Riigikantselei, lk 27
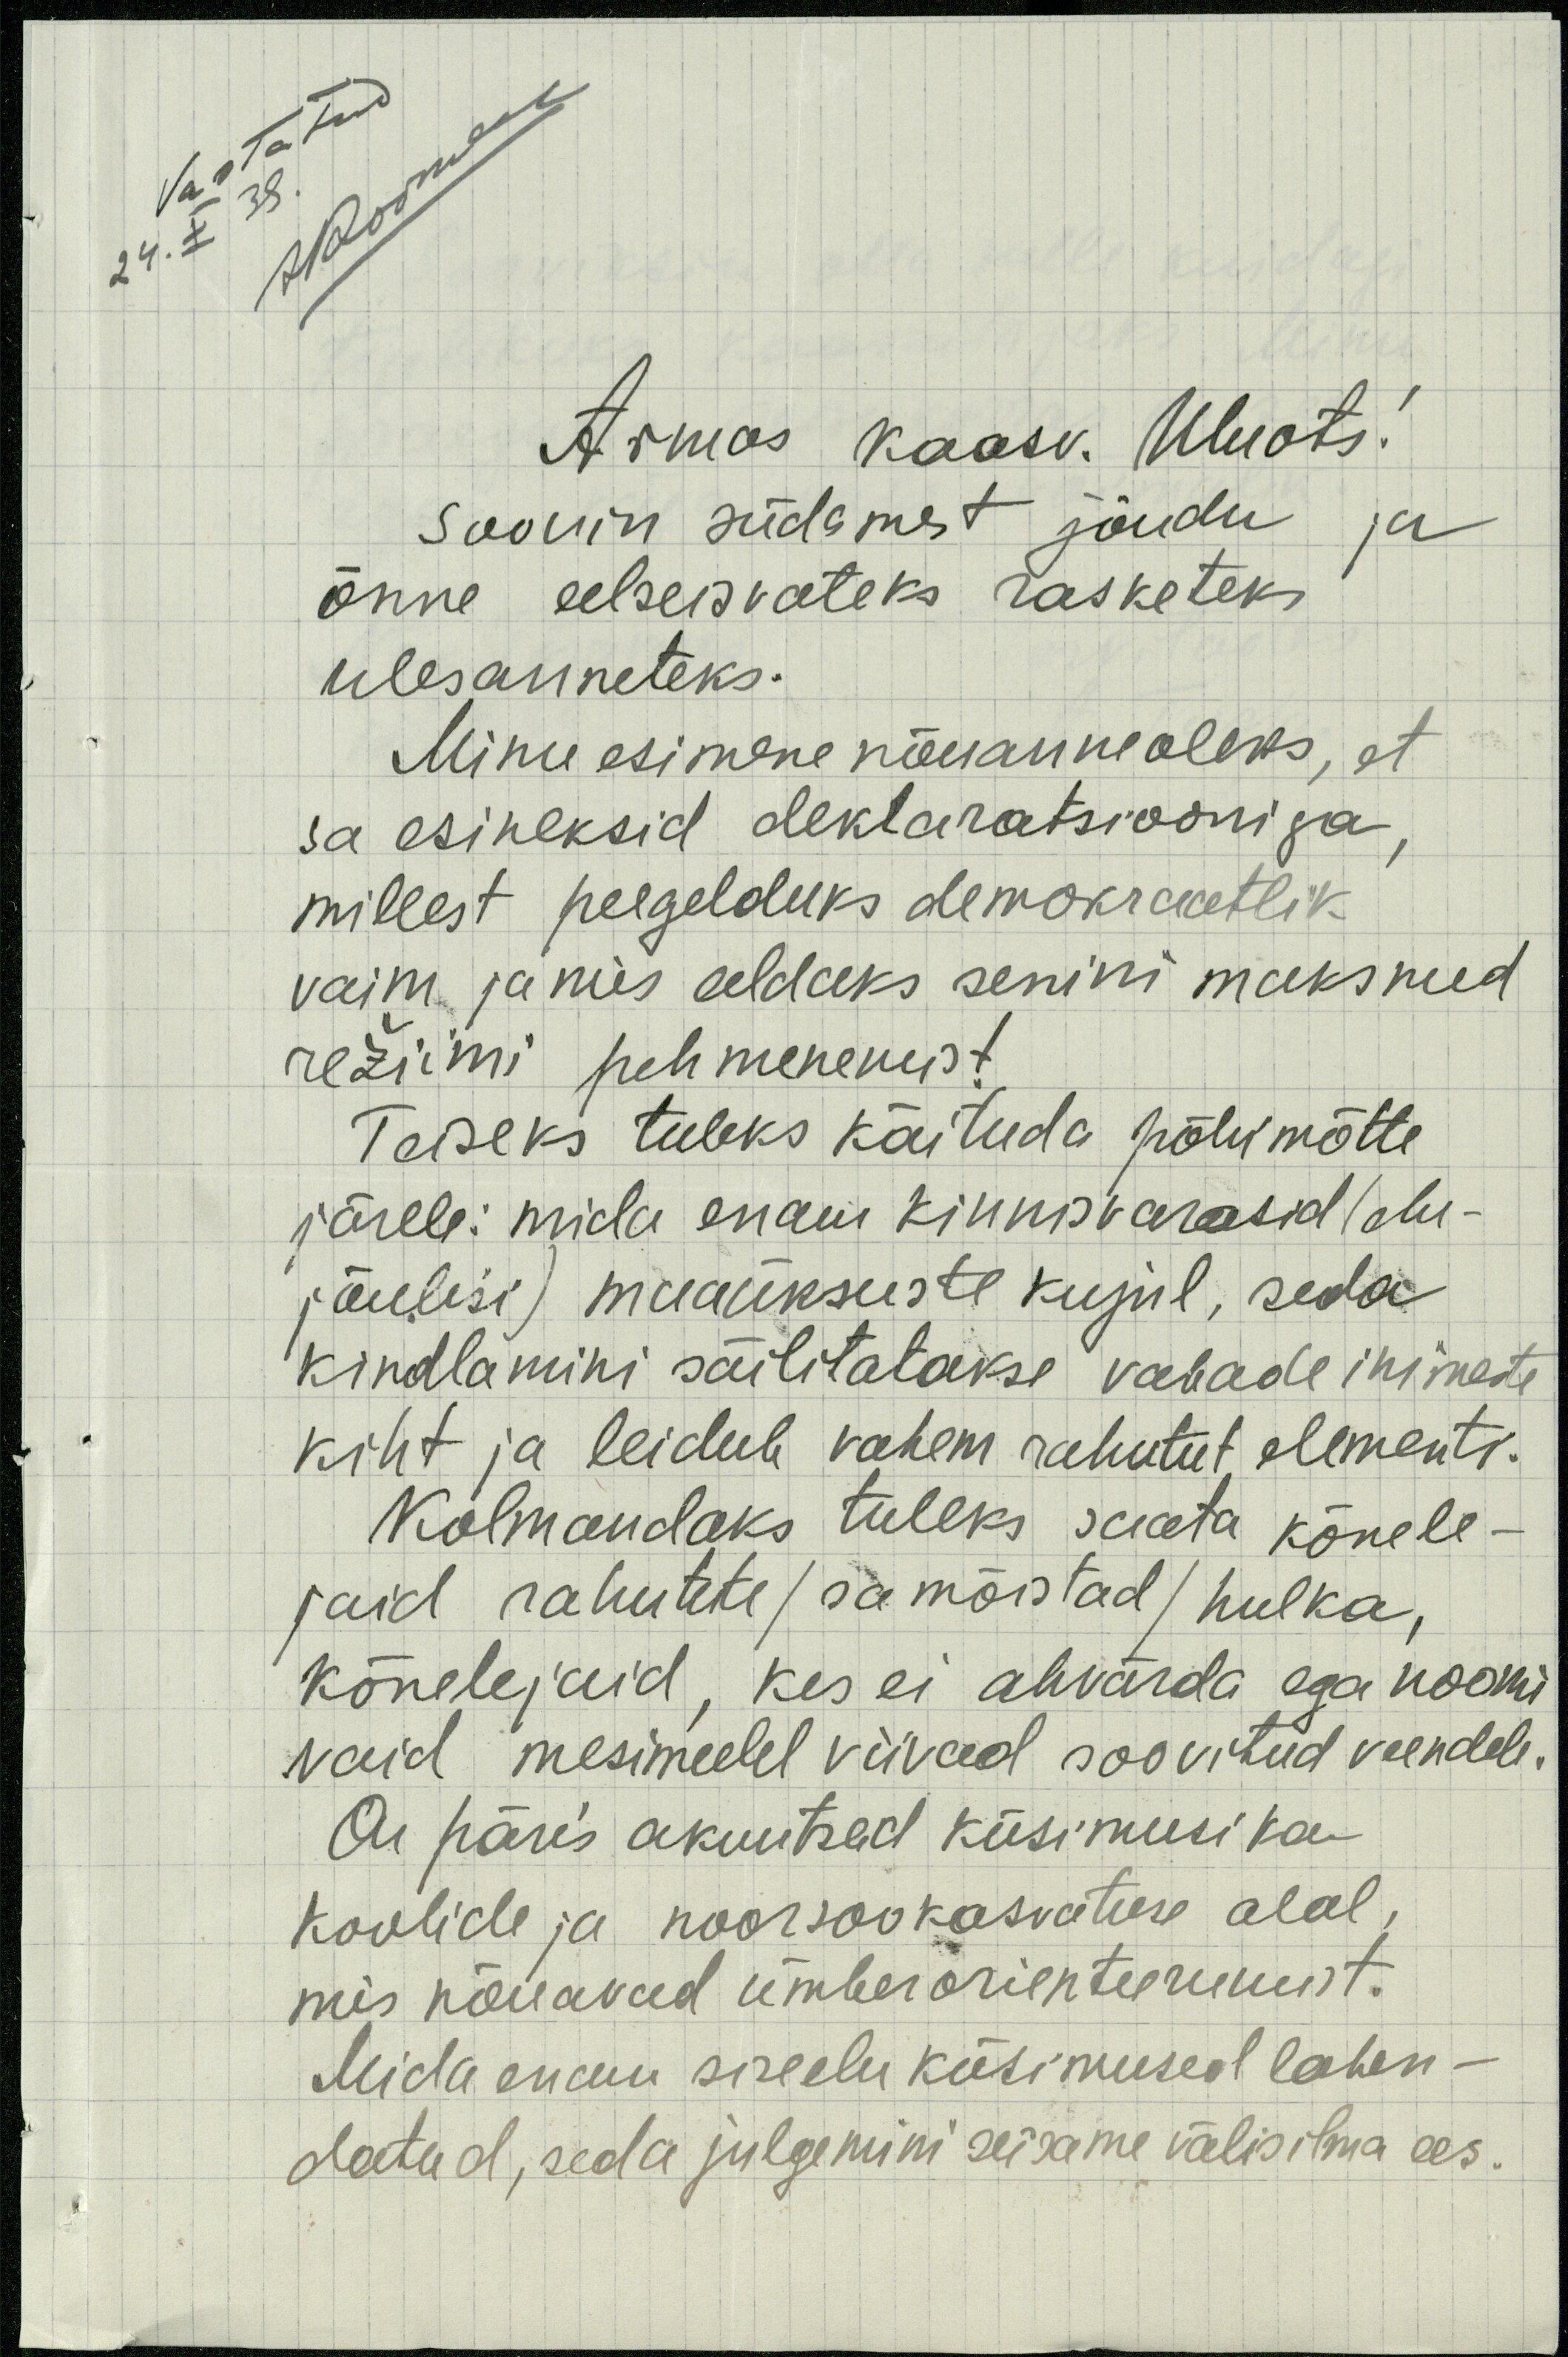
Armas kaasv. Uluots!
soovin südamest jõudu ja
õnne eelseisvateks rasketeks
ülesanneteks.
Minu esimene nõenanne oleks, et
sa esineksid deklaratsiooniga,
millest peegelduks demokraatlik
vaim ja mis eeldaks senini maksnud
režiimi pehmenemist
Teiseks tuleks käituda põhimõtte
järele: mida enam kinnisvarasid (elu-
jõulisi) maaüksuste kujul, seda
kindlamini säolitatakse vabade inimeste
kiht ja leidub vahem rahutut, elementi.
Kolmandaks tuleks saata kõnele-
jaid rahutete/ sa mõistad/ hulka,
kõnelejaid, kes ei ahvärda ega noomi
vaid mesimeelel viivad soovitud veendele.
On päris akuutsed küsimusi ka
Koolide ja noorsookasvatuse alal
mis nõuavad ümberoriteerumist.
Mida enam siseelu küsimused lahen-
datud, seda julgemini seisame välisilma ees.